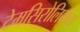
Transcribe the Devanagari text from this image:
टेमसिरोलिमस